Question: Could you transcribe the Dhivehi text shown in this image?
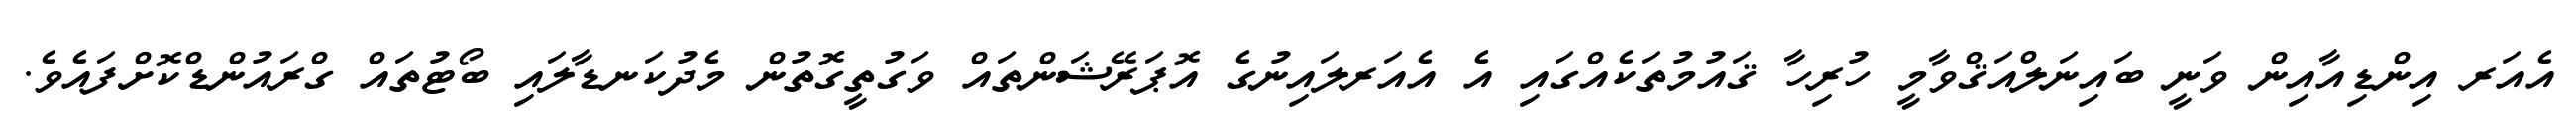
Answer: އެއަރ އިންޑިއާއިން ވަނީ ބައިނަލްއަޤްވާމީ ހުރިހާ ޤައުމުތަކެއްގައި އެ އެއަރލައިނުގެ އޮޕަރޭޝަންތައް ވަގުތީގޮތުން މެދުކަނޑާލައި ބޯޓުތައް ގްރައުންޑްކޮށްފައެވެ.